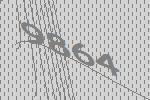
9864